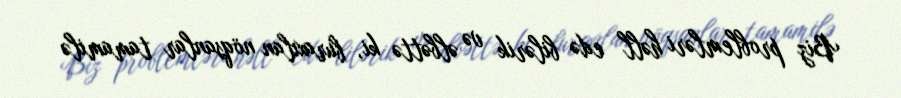
Biz problemləri həll edə bilərik və əlbəttə ki, buraxılan nöqsanlar tamamilə